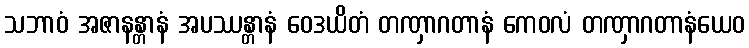
သဘာဝံ အဇာနန္တာနံ အပဿန္တာနံ ဝေဒယိတံ တဏှာဂတာနံ ကေဝလံ တဏှာဂတာနံယေဝ